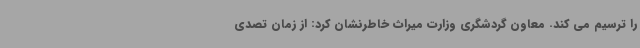
را ترسیم می کند. معاون گردشگری وزارت میراث خاطرنشان کرد: از زمان تصدی